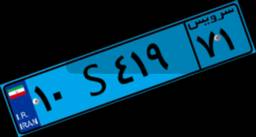
۵۶S۷۳۳۱۵